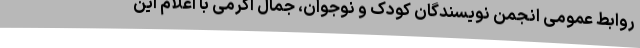
روابط عمومی انجمن نویسندگان کودک و نوجوان، جمال اکرمی با اعلام این